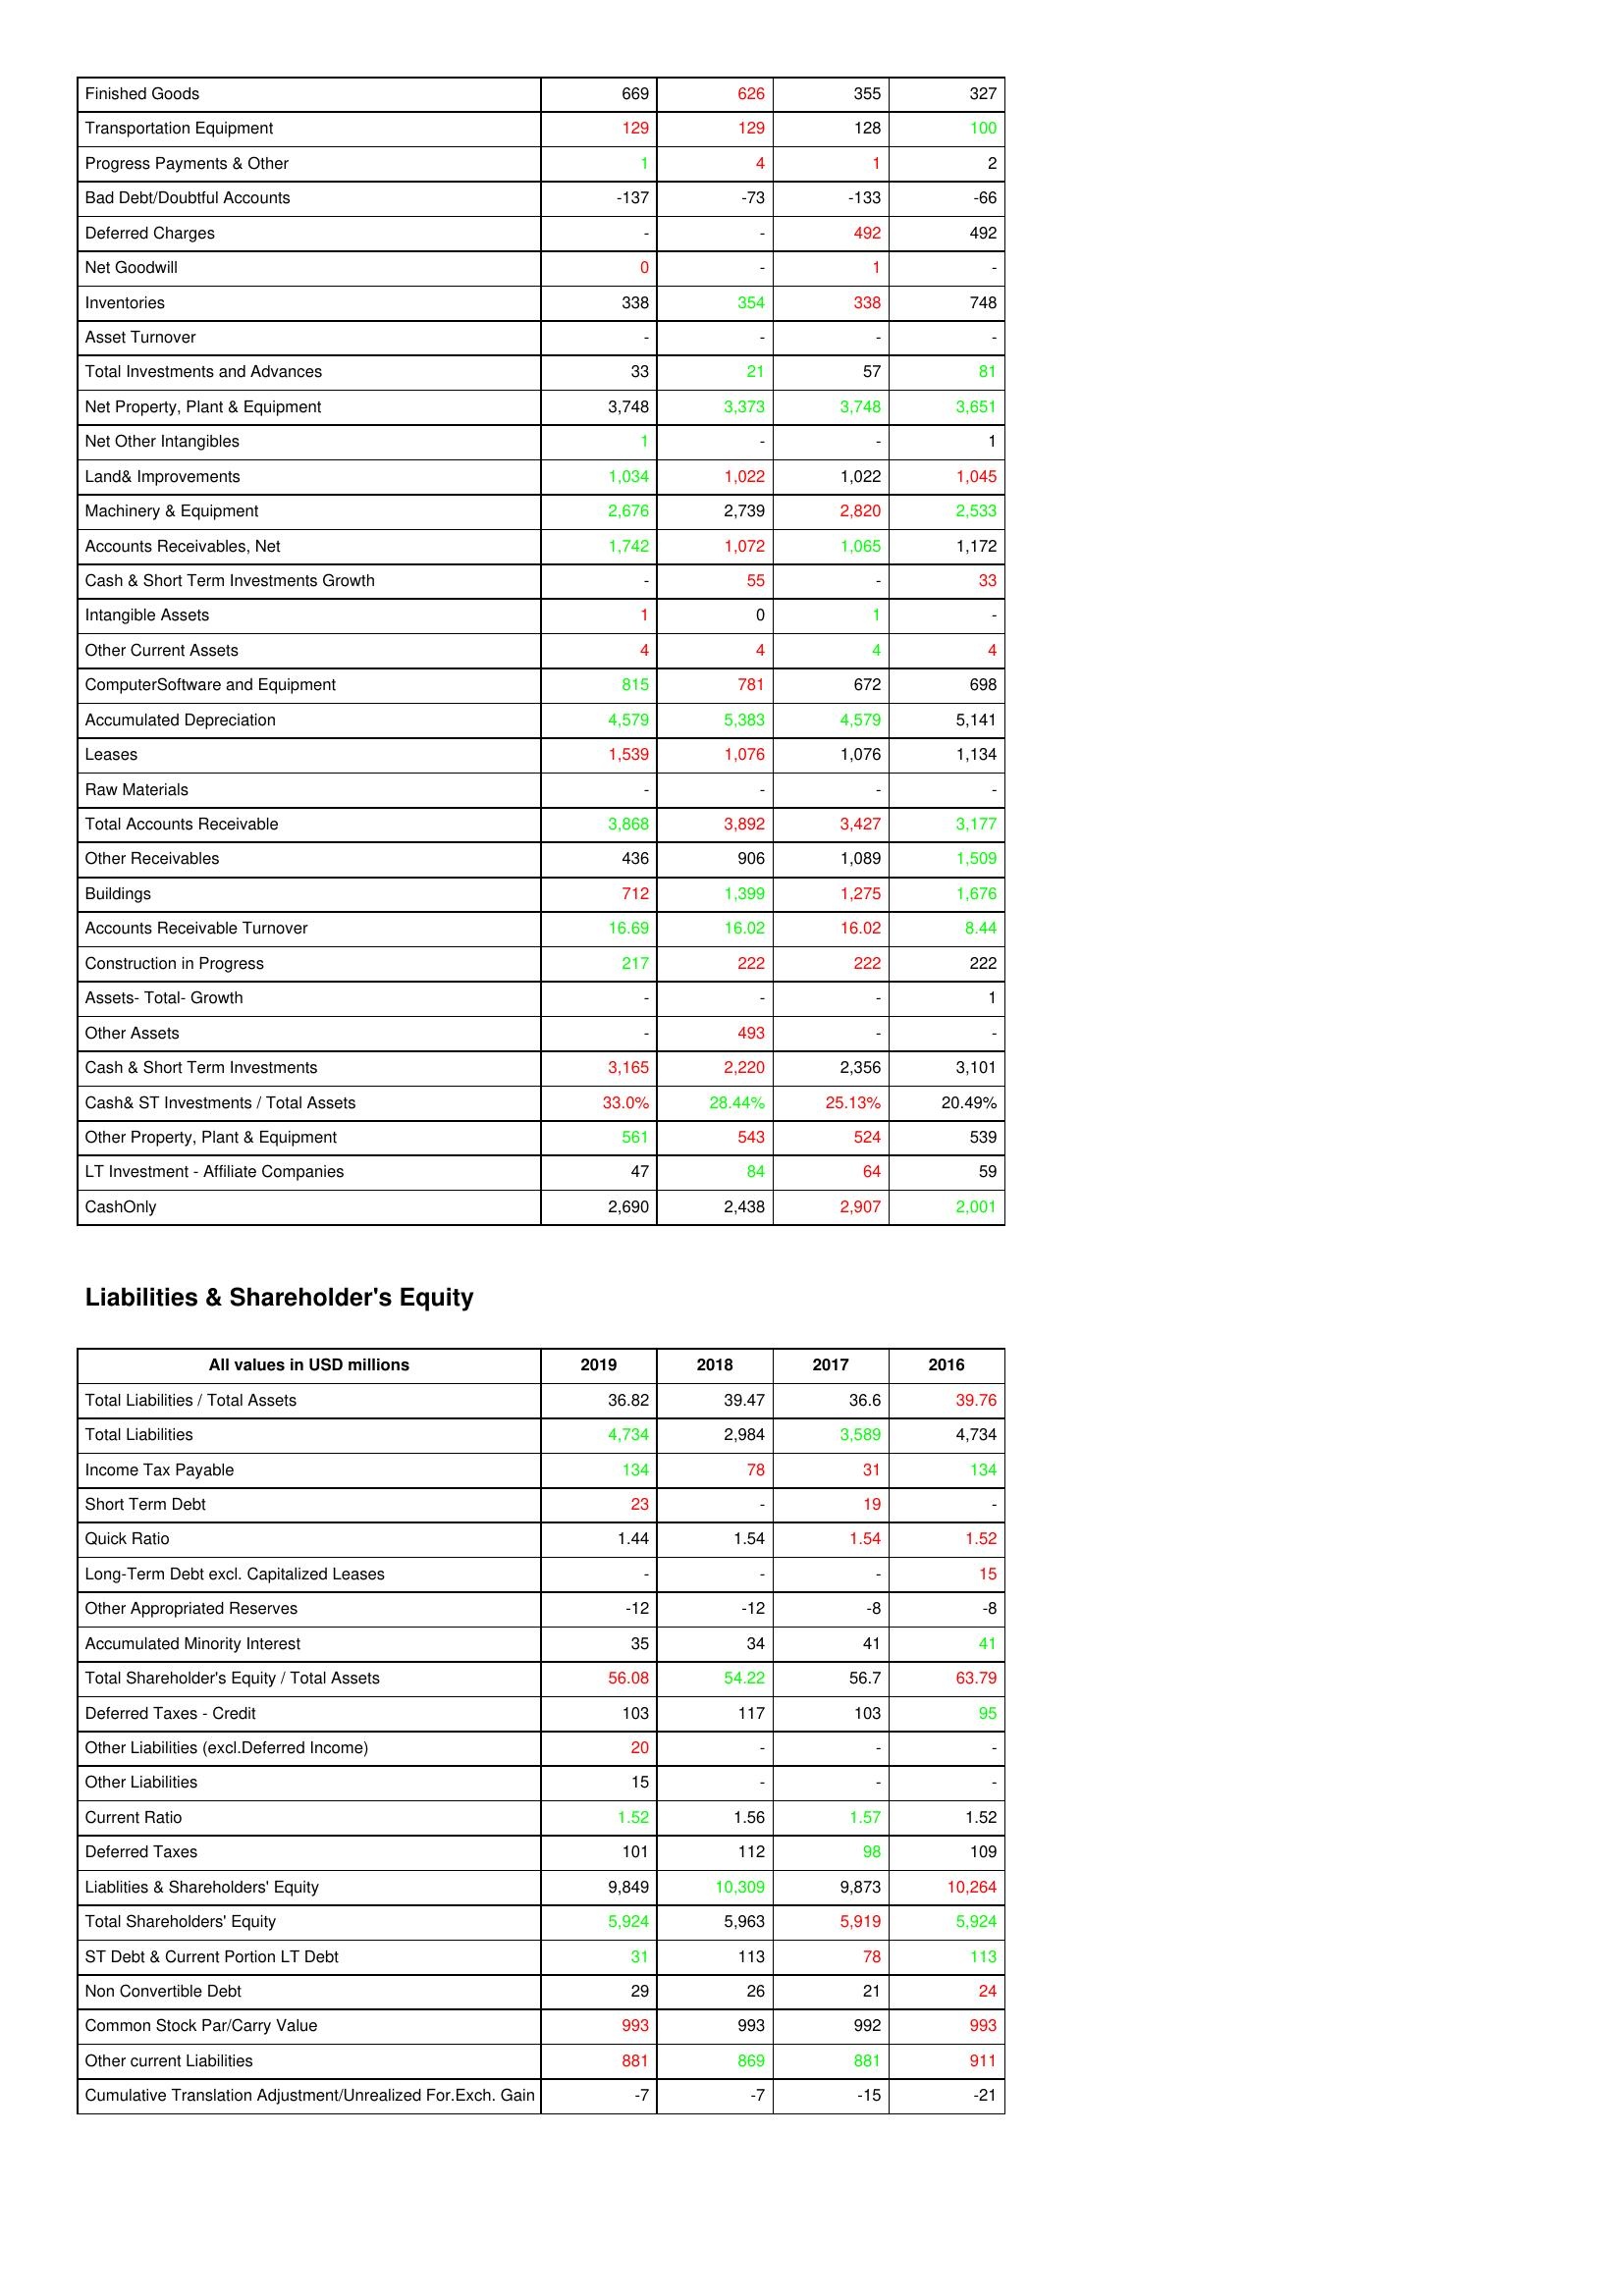
gt_parse: 2019: Assets: Finished Goods: 669
Transportation Equipment: 129
Progress Payments & Other: 1
Bad Debt/Doubtful Accounts: -137
Deferred Charges: -
Net Goodwill: 0
Inventories: 338
Asset Turnover: -
Total Investments and Advances: 33
Net Property, Plant & Equipment: 3,748
Net Other Intangibles: 1
Land& Improvements: 1,034
Machinery & Equipment: 2,676
Accounts Receivables, Net: 1,742
Cash & Short Term Investments Growth: -
Intangible Assets: 1
Other Current Assets: 4
ComputerSoftware and Equipment: 815
Accumulated Depreciation: 4,579
Leases: 1,539
Raw Materials: -
Total Accounts Receivable: 3,868
Other Receivables: 436
Buildings: 712
Accounts Receivable Turnover: 16.69
Construction in Progress: 217
Assets- Total- Growth: -
Other Assets: -
Cash & Short Term Investments: 3,165
Cash& ST Investments / Total Assets: 33.0%
Other Property, Plant & Equipment: 561
LT Investment - Affiliate Companies: 47
CashOnly: 2,690
Liabilities & Shareholder's Equity: Total Liabilities / Total Assets: 36.82
Total Liabilities: 4,734
Income Tax Payable: 134
Short Term Debt: 23
Quick Ratio: 1.44
Long-Term Debt excl. Capitalized Leases: -
Other Appropriated Reserves: -12
Accumulated Minority Interest: 35
Total Shareholder's Equity / Total Assets: 56.08
Deferred Taxes - Credit: 103
Other Liabilities (excl.Deferred Income): 20
Other Liabilities: 15
Current Ratio: 1.52
Deferred Taxes: 101
Liablities & Shareholders' Equity: 9,849
Total Shareholders' Equity: 5,924
ST Debt & Current Portion LT Debt: 31
Non Convertible Debt: 29
Common Stock Par/Carry Value: 993
Other current Liabilities: 881
Cumulative Translation Adjustment/Unrealized For.Exch. Gain: -7
2018: Assets: Finished Goods: 626
Transportation Equipment: 129
Progress Payments & Other: 4
Bad Debt/Doubtful Accounts: -73
Deferred Charges: -
Net Goodwill: -
Inventories: 354
Asset Turnover: -
Total Investments and Advances: 21
Net Property, Plant & Equipment: 3,373
Net Other Intangibles: -
Land& Improvements: 1,022
Machinery & Equipment: 2,739
Accounts Receivables, Net: 1,072
Cash & Short Term Investments Growth: 55
Intangible Assets: 0
Other Current Assets: 4
ComputerSoftware and Equipment: 781
Accumulated Depreciation: 5,383
Leases: 1,076
Raw Materials: -
Total Accounts Receivable: 3,892
Other Receivables: 906
Buildings: 1,399
Accounts Receivable Turnover: 16.02
Construction in Progress: 222
Assets- Total- Growth: -
Other Assets: 493
Cash & Short Term Investments: 2,220
Cash& ST Investments / Total Assets: 28.44%
Other Property, Plant & Equipment: 543
LT Investment - Affiliate Companies: 84
CashOnly: 2,438
Liabilities & Shareholder's Equity: Total Liabilities / Total Assets: 39.47
Total Liabilities: 2,984
Income Tax Payable: 78
Short Term Debt: -
Quick Ratio: 1.54
Long-Term Debt excl. Capitalized Leases: -
Other Appropriated Reserves: -12
Accumulated Minority Interest: 34
Total Shareholder's Equity / Total Assets: 54.22
Deferred Taxes - Credit: 117
Other Liabilities (excl.Deferred Income): -
Other Liabilities: -
Current Ratio: 1.56
Deferred Taxes: 112
Liablities & Shareholders' Equity: 10,309
Total Shareholders' Equity: 5,963
ST Debt & Current Portion LT Debt: 113
Non Convertible Debt: 26
Common Stock Par/Carry Value: 993
Other current Liabilities: 869
Cumulative Translation Adjustment/Unrealized For.Exch. Gain: -7
2017: Assets: Finished Goods: 355
Transportation Equipment: 128
Progress Payments & Other: 1
Bad Debt/Doubtful Accounts: -133
Deferred Charges: 492
Net Goodwill: 1
Inventories: 338
Asset Turnover: -
Total Investments and Advances: 57
Net Property, Plant & Equipment: 3,748
Net Other Intangibles: -
Land& Improvements: 1,022
Machinery & Equipment: 2,820
Accounts Receivables, Net: 1,065
Cash & Short Term Investments Growth: -
Intangible Assets: 1
Other Current Assets: 4
ComputerSoftware and Equipment: 672
Accumulated Depreciation: 4,579
Leases: 1,076
Raw Materials: -
Total Accounts Receivable: 3,427
Other Receivables: 1,089
Buildings: 1,275
Accounts Receivable Turnover: 16.02
Construction in Progress: 222
Assets- Total- Growth: -
Other Assets: -
Cash & Short Term Investments: 2,356
Cash& ST Investments / Total Assets: 25.13%
Other Property, Plant & Equipment: 524
LT Investment - Affiliate Companies: 64
CashOnly: 2,907
Liabilities & Shareholder's Equity: Total Liabilities / Total Assets: 36.6
Total Liabilities: 3,589
Income Tax Payable: 31
Short Term Debt: 19
Quick Ratio: 1.54
Long-Term Debt excl. Capitalized Leases: -
Other Appropriated Reserves: -8
Accumulated Minority Interest: 41
Total Shareholder's Equity / Total Assets: 56.7
Deferred Taxes - Credit: 103
Other Liabilities (excl.Deferred Income): -
Other Liabilities: -
Current Ratio: 1.57
Deferred Taxes: 98
Liablities & Shareholders' Equity: 9,873
Total Shareholders' Equity: 5,919
ST Debt & Current Portion LT Debt: 78
Non Convertible Debt: 21
Common Stock Par/Carry Value: 992
Other current Liabilities: 881
Cumulative Translation Adjustment/Unrealized For.Exch. Gain: -15
2016: Assets: Finished Goods: 327
Transportation Equipment: 100
Progress Payments & Other: 2
Bad Debt/Doubtful Accounts: -66
Deferred Charges: 492
Net Goodwill: -
Inventories: 748
Asset Turnover: -
Total Investments and Advances: 81
Net Property, Plant & Equipment: 3,651
Net Other Intangibles: 1
Land& Improvements: 1,045
Machinery & Equipment: 2,533
Accounts Receivables, Net: 1,172
Cash & Short Term Investments Growth: 33
Intangible Assets: -
Other Current Assets: 4
ComputerSoftware and Equipment: 698
Accumulated Depreciation: 5,141
Leases: 1,134
Raw Materials: -
Total Accounts Receivable: 3,177
Other Receivables: 1,509
Buildings: 1,676
Accounts Receivable Turnover: 8.44
Construction in Progress: 222
Assets- Total- Growth: 1
Other Assets: -
Cash & Short Term Investments: 3,101
Cash& ST Investments / Total Assets: 20.49%
Other Property, Plant & Equipment: 539
LT Investment - Affiliate Companies: 59
CashOnly: 2,001
Liabilities & Shareholder's Equity: Total Liabilities / Total Assets: 39.76
Total Liabilities: 4,734
Income Tax Payable: 134
Short Term Debt: -
Quick Ratio: 1.52
Long-Term Debt excl. Capitalized Leases: 15
Other Appropriated Reserves: -8
Accumulated Minority Interest: 41
Total Shareholder's Equity / Total Assets: 63.79
Deferred Taxes - Credit: 95
Other Liabilities (excl.Deferred Income): -
Other Liabilities: -
Current Ratio: 1.52
Deferred Taxes: 109
Liablities & Shareholders' Equity: 10,264
Total Shareholders' Equity: 5,924
ST Debt & Current Portion LT Debt: 113
Non Convertible Debt: 24
Common Stock Par/Carry Value: 993
Other current Liabilities: 911
Cumulative Translation Adjustment/Unrealized For.Exch. Gain: -21